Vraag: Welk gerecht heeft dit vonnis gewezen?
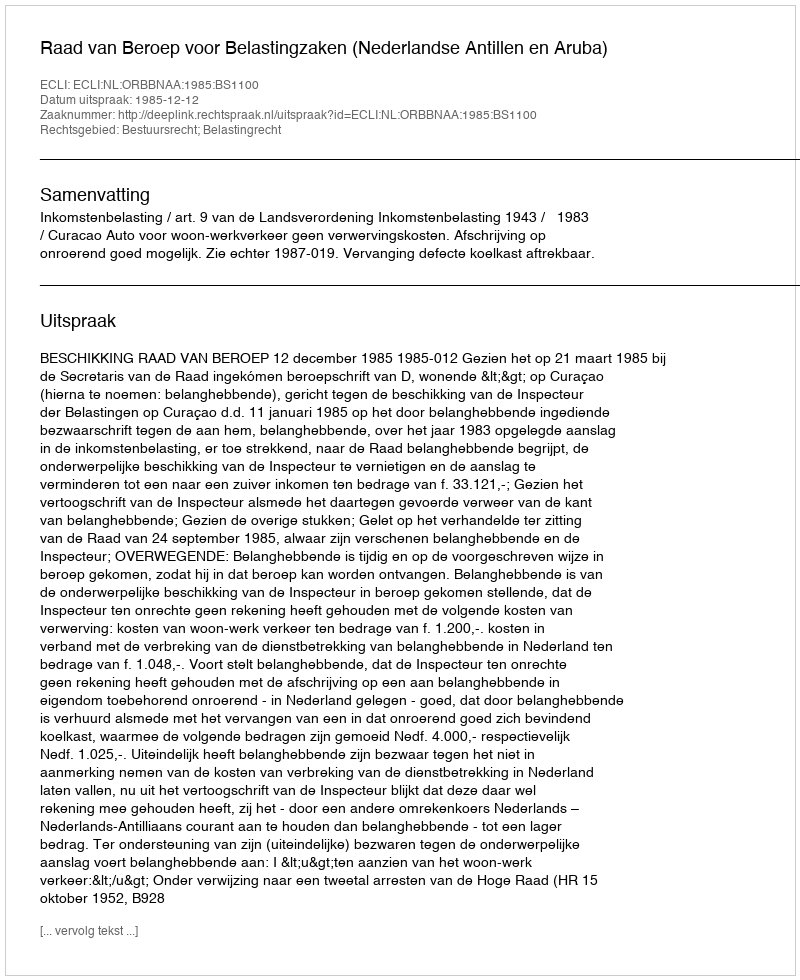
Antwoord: Raad van Beroep voor Belastingzaken (Nederlandse Antillen en Aruba)